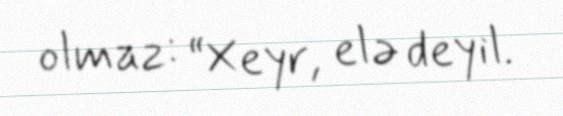
olmaz: “Xeyr, elə deyil.